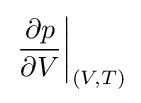
\left.{\frac {\partial p}{\partial V}}\right|_{(V,T)}